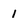
Character: 1